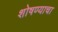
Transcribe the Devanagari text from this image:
शोषण्याचा